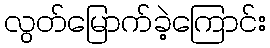
လွတ်မြောက်ခဲ့ကြောင်း